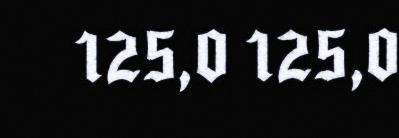
125,0 125,0